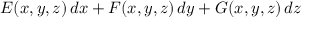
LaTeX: E ( x , y , z ) \, d x + F ( x , y , z ) \, d y + G ( x , y , z ) \, d z